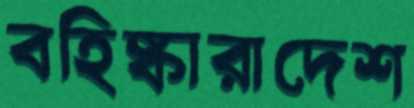
বহিষ্কারাদেশ